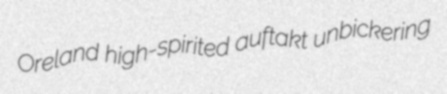
Oreland high-spirited auftakt unbickering